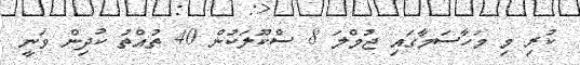
ކުރި މި މަހާސަމާގައި ޖުމްލަ 8 ސްކޫލަކުން 40 ތުއްތު ކުދިން ވަނީ